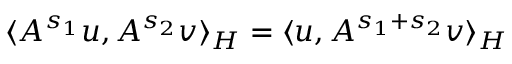
\langle A ^ { s _ { 1 } } u , A ^ { s _ { 2 } } v \rangle _ { H } = \langle u , A ^ { s _ { 1 } + s _ { 2 } } v \rangle _ { H }